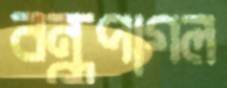
বন্ধুপাগল